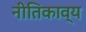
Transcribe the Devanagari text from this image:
नीतिकाव्य